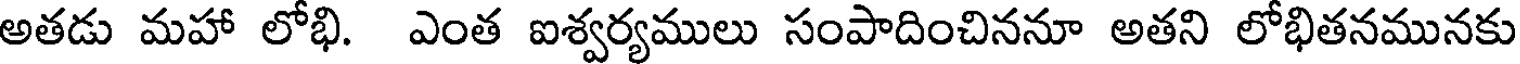
అతడు మహా లోభి. ఎంత ఐశ్వర్యములు సంపాదించిననూ అతని లోభితనమునకు